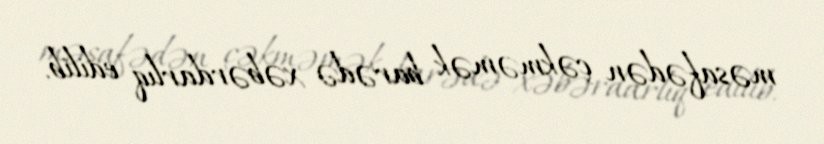
məsafədən çəkməmək barədə xəbərdarlıq edilib.